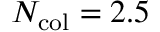
N _ { \mathrm { c o l } } = 2 . 5